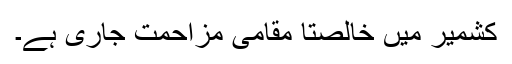
کشمیر میں خالصتا مقامی مزاحمت جاری ہے۔